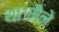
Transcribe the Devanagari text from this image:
था।मैने